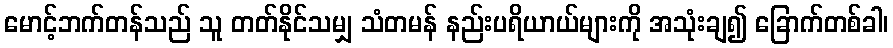
မောင့်ဘက်တန်သည် သူ တတ်နိုင်သမျှ သံတမန် နည်းပရိယာယ်များကို အသုံးချ၍ ခြောက်တစ်ခါ၊